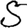
Digit: 5